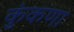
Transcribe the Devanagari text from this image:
कुंकणा